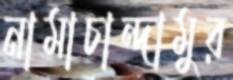
নামাচান্দামুর